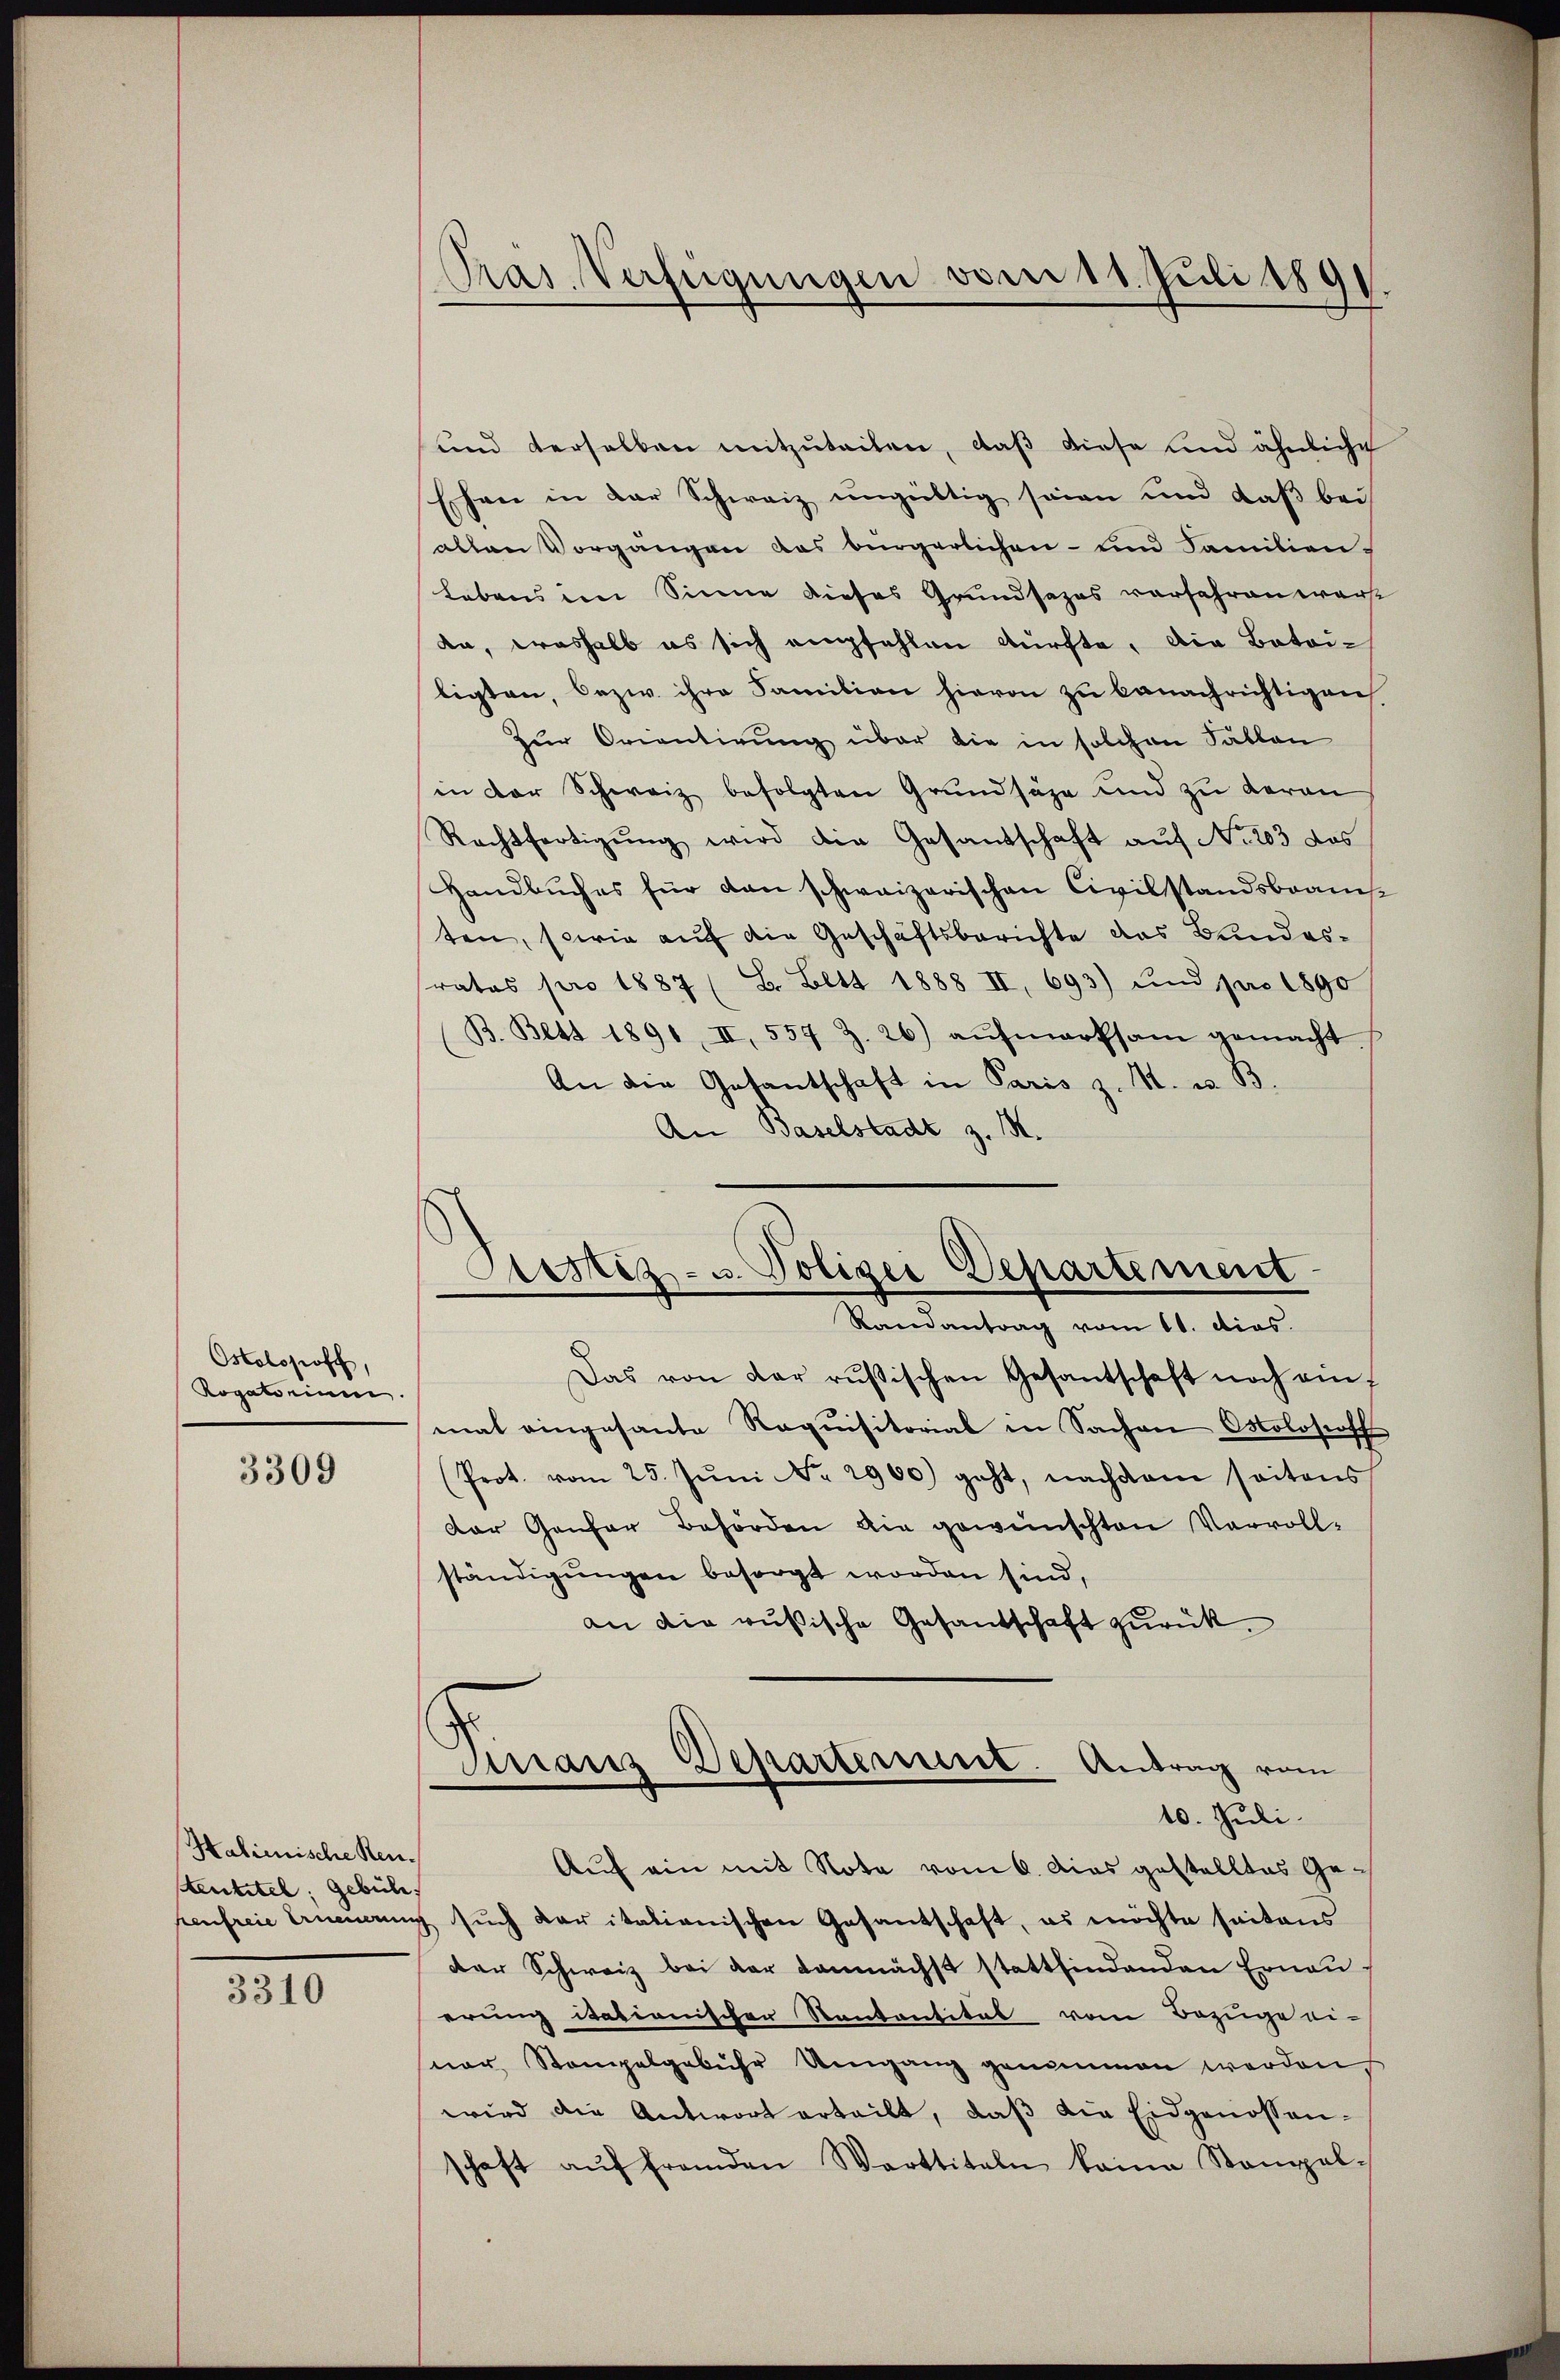
Holopoff
Rogatorium

3309

Halienische Reu.
tentitel: Gebüle
henfreie Ammann

3310

und derselben mitzŭteilen, daß diese und ähnliche
Ehen in der Schweiz ŭngültig seien und daβ bei
allen Vorgangen das bürgerlichen- und Familien
Lebens im Sinne dieses Grundsazes verfahren warst
da, weshalb es sich empfehlen dürfte. Die Botoi-
ligten, bezw. ihre Familien hievon zu benachrichtigen
Zur Orientirung über die in solchen Fällen
in der Schweiz befolgten Grundsäze und zu deron
Rechtfertigung wird die Gesantschaft auf No. 203 das
Handbuches für dan schweizerischen Civilstandsbraus
ten, sowie auf die Geschäftsberichte das Bundesrates pro 1887 (B. Bett 1888 II, 693) und pro 1890
B. Bett 1891, II, 557 Z. 26) aŭfmarksam gemacht
An die Gesantschaft in Paris z. B. u. B.
An Baselstadt z. M.

Pras. Verfügungen vom 11. Juli 1891.

Prostiz- u. Polizei Departement
d
Randantrag vom 11. dies.

Das von der rusischen Gesantschaft noch ein-
mal eingesante Requisitorial in Sachen Moloseoff
(Prot. vom 25. Jŭni No 2900) geht, nachdem seitens
Der Genfer Behörden die gewünschten Vervoll-
ständigungen besorgt worden sind,
an die russische Gesandschaft zurück.
Franz Departement. Antrag vom
10. Juli.
Auf ein mit Note vom 6. Das gestelltes Ge¬
 sŭch daritalienischen Gesandtschaft, es möchte seitens
der Schweiz bei der demnächst stattfindenden Erneŭ-
erung itationischer Sontantität vom Bezuge ei-
vor Stempelgebühr Umgang genommen werden,
wird die Antwort erteilt, daβ die Eidgenossen-
schaft aŭf fremden Warttiteln keine Stampel-